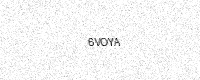
Text: 6VOYA